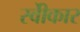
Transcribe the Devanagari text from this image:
स्वीेकार